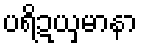
ပရိဍယှမာနာ